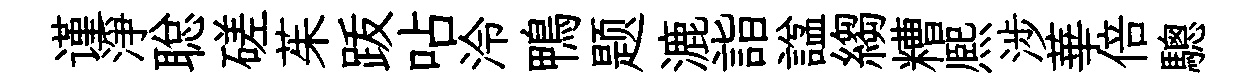
谨淨聪磋茱䟦呫泠鴨题漉詣諡縐糟熈涉華倍驄